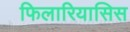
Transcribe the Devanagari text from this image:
फिलारियासिस